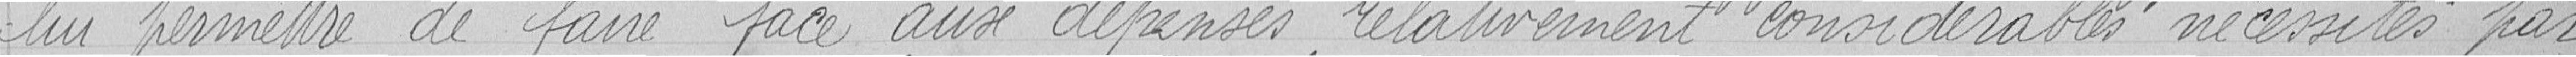
lui permettre de faire face aux dépenses relativement considérables nécessités par